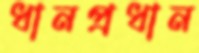
ধানপ্রধান